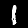
Digit: 1